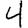
Digit: 4